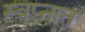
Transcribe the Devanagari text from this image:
स्‍वप्‍नात